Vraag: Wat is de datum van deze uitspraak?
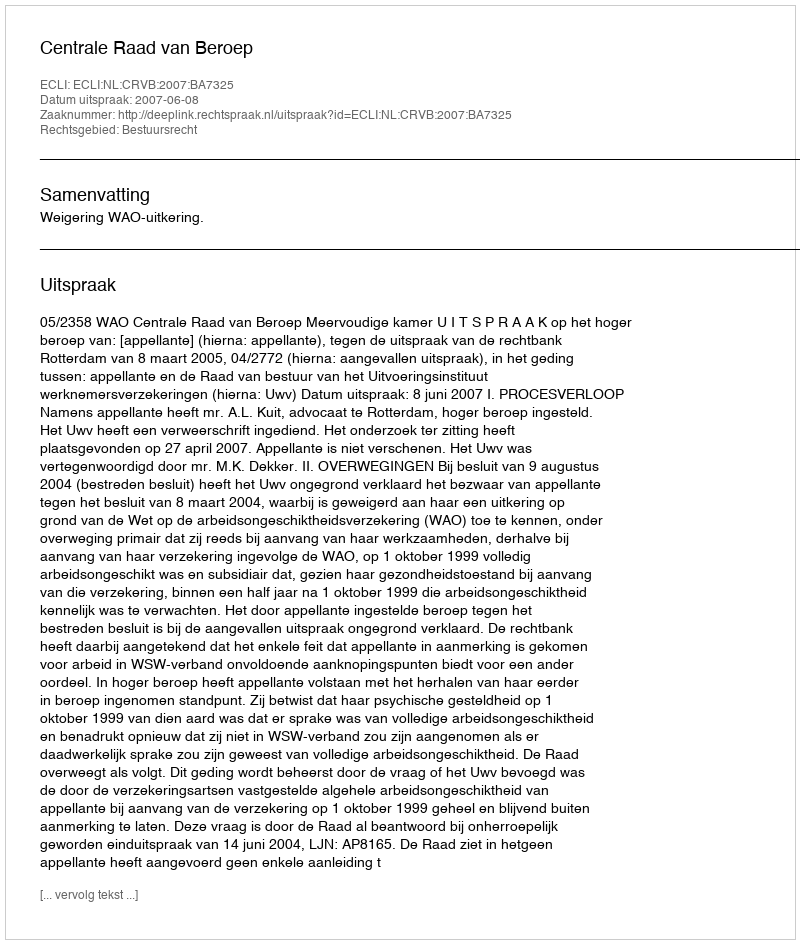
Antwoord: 2007-06-08